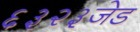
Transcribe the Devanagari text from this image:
६३२३जेड